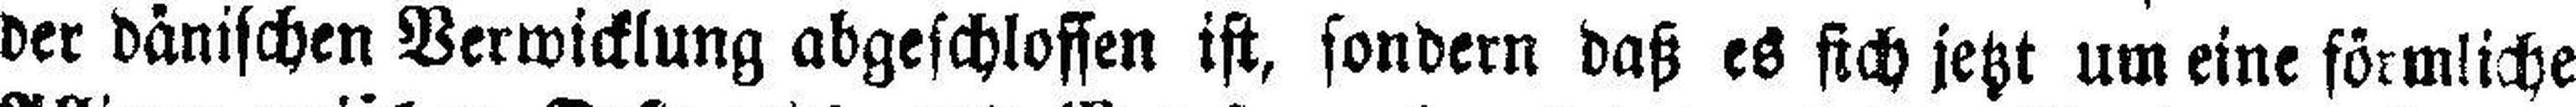
der dänischen Verwicklung abgeschlossen ist, sondern daß es sich jetzt um eine förmliche